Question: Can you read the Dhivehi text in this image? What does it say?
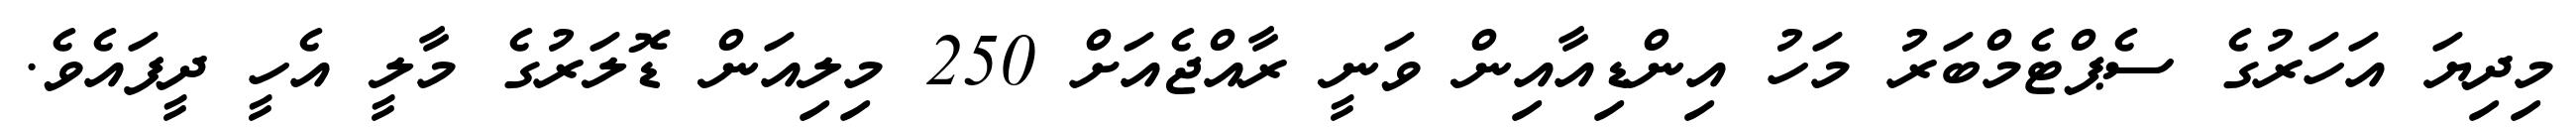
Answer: މިދިޔަ އަހަރުގެ ސެޕްޓެމްބަރު މަހު އިންޑިއާއިން ވަނީ ރާއްޖެއަށް 250 މިލިއަން ޑޮލަރުގެ މާލީ އެހީ ދީފައެވެ.